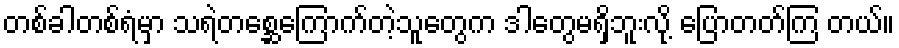
တစ်ခါတစ်ရံမှာ သရဲတစ္ဆေကြောက်တဲ့သူတွေက ဒါတွေမရှိဘူးလို့ ပြောတတ်ကြ တယ်။